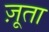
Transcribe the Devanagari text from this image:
ज़ूता